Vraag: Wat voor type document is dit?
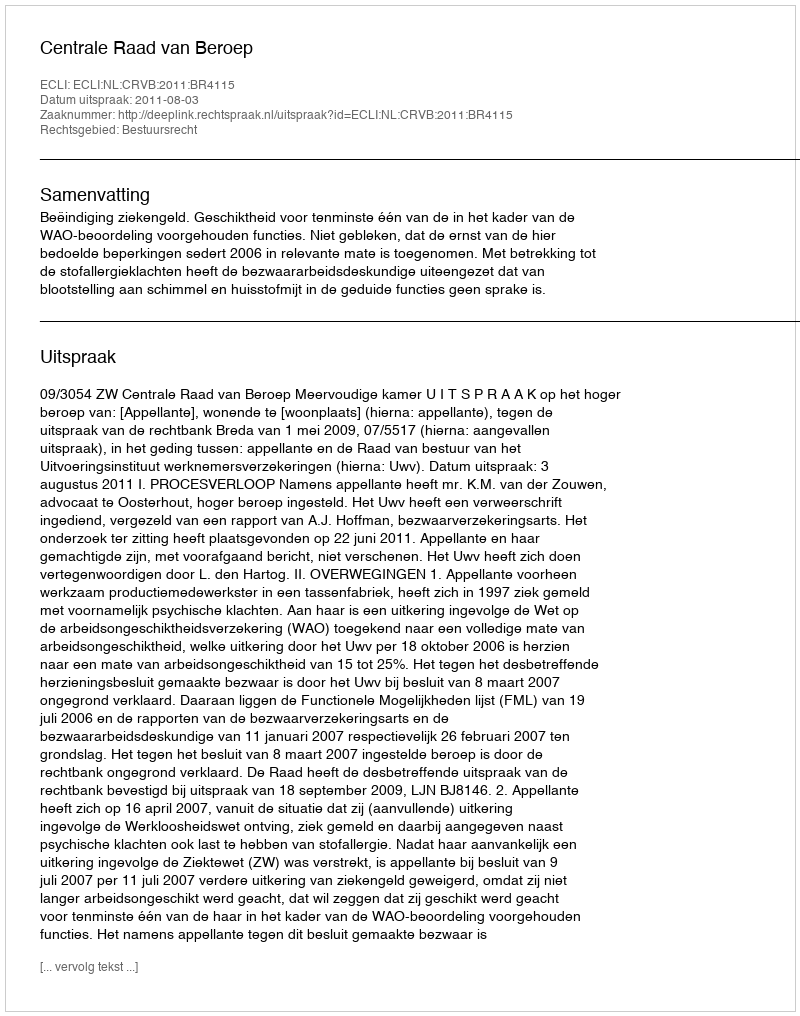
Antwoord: Uitspraak